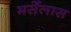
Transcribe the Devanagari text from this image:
मर्सेलास